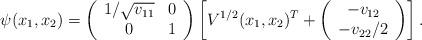
LaTeX: \begin{align*}\psi(x_1,x_2)=\left(\begin{array}{cc}1/\sqrt{v_{11}} & 0\\0 & 1\end{array}\right) \left[V^{1/2}(x_1,x_2)^T + \left(\begin{array}{c}-v_{12}\\{-v_{22}/2}\end{array}\right)\right].\end{align*}